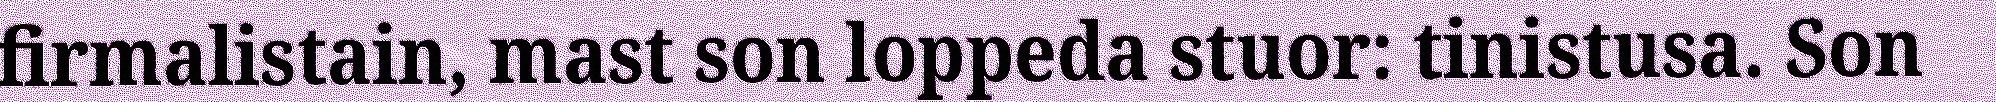
firmalistain, mast son loppeda stuor: tinistusa. Son